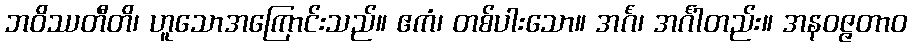
ဘဝိဿတီတိ၊ ဟူသောအကြောင်းသည်။ ဧကံ၊ တစ်ပါးသော။ အင်္ဂံ၊ အင်္ဂါတည်း။ အနဝဇ္ဇတာဝ